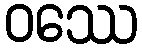
ဝဿေ